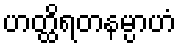
ဟတ္ထိရတနမ္ပာဟံ